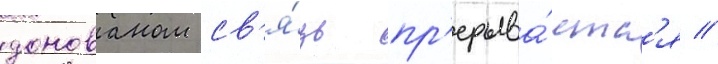
донованом св'я́зь пр'ерыва́етс'я //